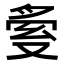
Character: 𠭟